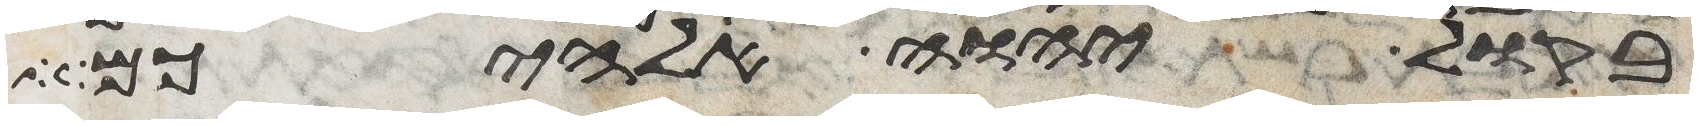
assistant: בקול יהוה אלהיכם